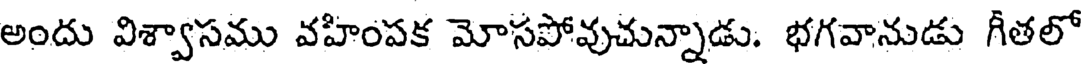
అందు విశ్వాసము వహింపక మోసపోవుచున్నాడు. భగవానుడు గీతలో